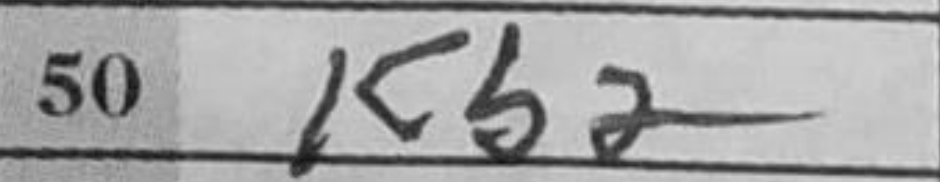
Transcription: Kb2